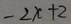
- 2 x + 2